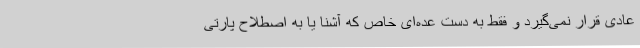
عادی قرار نمی‌گیرد و فقط به دست عده‌ای خاص که آشنا یا به اصطلاح پارتی